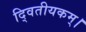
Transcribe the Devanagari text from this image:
दि्वतीयकम्।